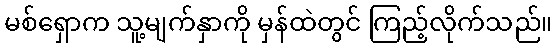
မစ်ရှောက သူ့မျက်နှာကို မှန်ထဲတွင် ကြည့်လိုက်သည်။